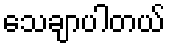
သေချာပါတယ်